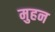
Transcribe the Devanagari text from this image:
मुहन